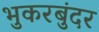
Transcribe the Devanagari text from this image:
भुकरबुंदर